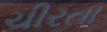
ચીરતા